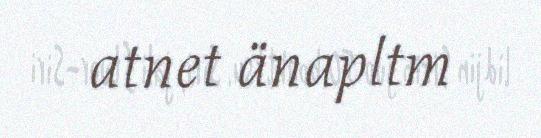
atnet änapltm